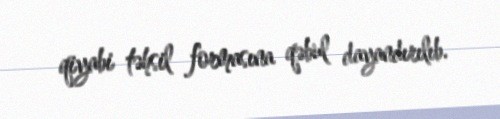
qiyabi təhsil formasına qəbul dayandırılıb.